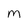
Character: M